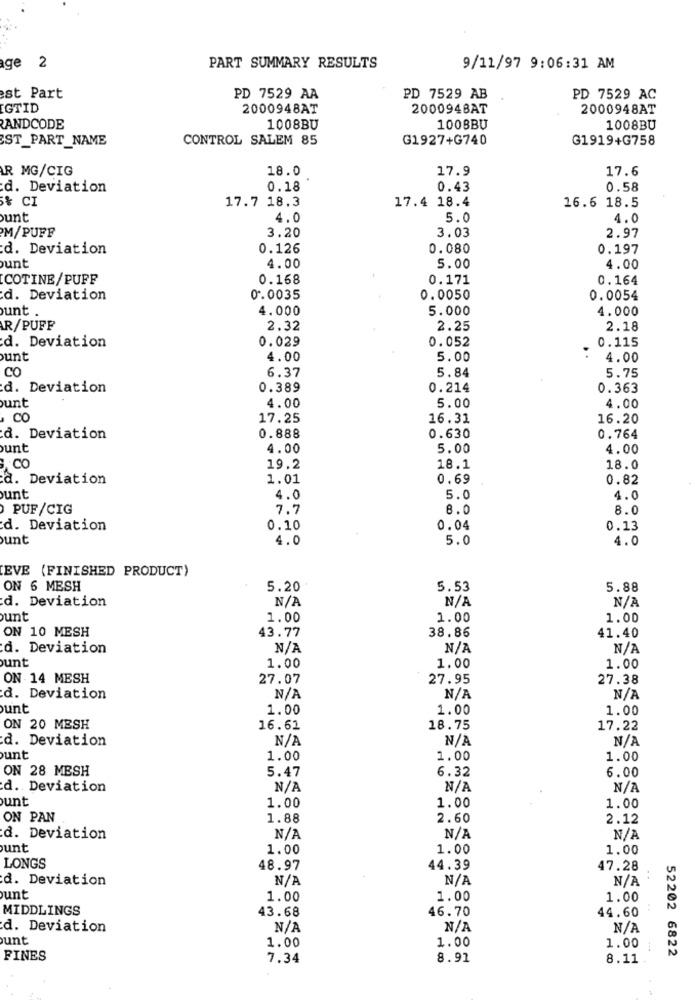
ge 2
PART SUMMARY RESULTS
9/11/97 9:06:31 AM
st Part
PD 7529 AA
PD 7529 AB
PD 7529 AC
GTID
2000948AT
200094BAT
2000948AT
LANDCODE
1008BU
1008BU
1008BU
ST_PART_NAME
CONTROL SALEM 85
G1927+G740
G1919+G758
R MG/CIG
18.0
17.9
17.6
d. Deviation
0.18
0.43
0.58
5% CI
17.7 18.3
17.4 18.4
16.6 18.5
unt
4.0
5.0
4.0
M/PUFF
3.20
2.97
3.03
d. Deviation
0.126
0.080
0.197
unt
4.00
5.00
4.00
COTINE/ PUFF
0.168
0.171
0.164
d. Deviation
0.0035
0.0050
0.0054
unt
4.000
5.000
4.000
R/PUFF
2.32
2.25
2.18
0.029
0.052
d. Deviation
0.115
unt
4.00
5.00
4.00
CO
6.37
5.84
5.75
d. Deviation
0.389
0.214
0.363
unt
4.00
5.00
4.00
CO
17.25
16.31
16.20
d. Deviation
0.888
0.630
0.764
unt
4.00
5.00
4.00
CO
19.2
18.1
18.0
a. Deviation
1.01
0.69
0.82
unt
4.0
5.0
4.0
PUF/CIG
7.7
8.0
8.0
d. Deviation
0.10
0.04
0.13
unt
4.0
5.0
4.0
EVE (FINISHED PRODUCT)
ON 6 MESH
5.20
5.53
5.88
d. Deviation
unt
1.00
1.00
1.00
ON 10 MESH
43.77
38.86
41.40
d. Deviation
unt
1.00
1.00
1.00
ON 14 MESH
27.07
27.95
27.38
d. Deviation
unt
1.00
1.00
1.00
ON 20 MESH
16.62
18.75
17.22
d. Deviation
unt
1.00
1.00
1.00
ON 28 MESH
5.47
6.32
6.00
d. Deviation
unt
1.00
1.00
1.00
ON PAN
1.88
2.60
2.12
d. Deviation
unt
1.00
1.00
1.00
LONGS
48.97
44.39
47.28
d. Deviation
..
unt
1.00
1.00
1.00
MIDDLINGS
43.68
46.70
44.60
d. Deviation
unt
1.00
1.00
1.00
52202 6822
FINES
7.34
8.91
8.11